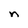
Character: n